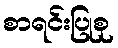
စာရင်းပြုစု